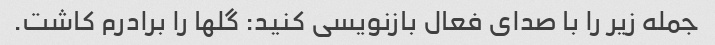
جمله زیر را با صدای فعال بازنویسی کنید: گلها را برادرم کاشت.